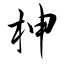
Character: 柛